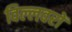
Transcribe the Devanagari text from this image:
विल्लवरों